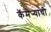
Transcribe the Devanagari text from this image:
कॅमेर्‍याची